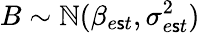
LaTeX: B\sim\mathbb{N}(\beta_{e\mathsf{s}t},\sigma_{e\mathsf{s}t}^{2})